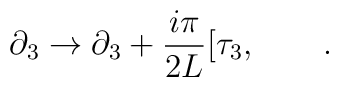
\partial_{3} \rightarrow \partial_{3}+\frac{i\pi}{2 L}[\tau_{3},\qquad .